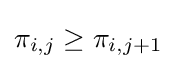
\pi _{i,j}\geq \pi _{i,j+1}